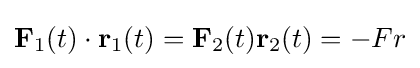
\mathbf {F} _{1}(t)\cdot \mathbf {r} _{1}(t)=\mathbf {F} _{2}(t)\mathbf {r} _{2}(t)=-Fr